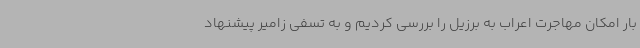
بار امکان مهاجرت اعراب به برزیل را بررسی کردیم و به تسفی زامیر پیشنهاد